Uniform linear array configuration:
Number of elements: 64
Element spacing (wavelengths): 0.5
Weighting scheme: cosine
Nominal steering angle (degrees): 30
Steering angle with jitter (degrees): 30.93
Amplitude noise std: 0.05
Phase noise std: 0.05

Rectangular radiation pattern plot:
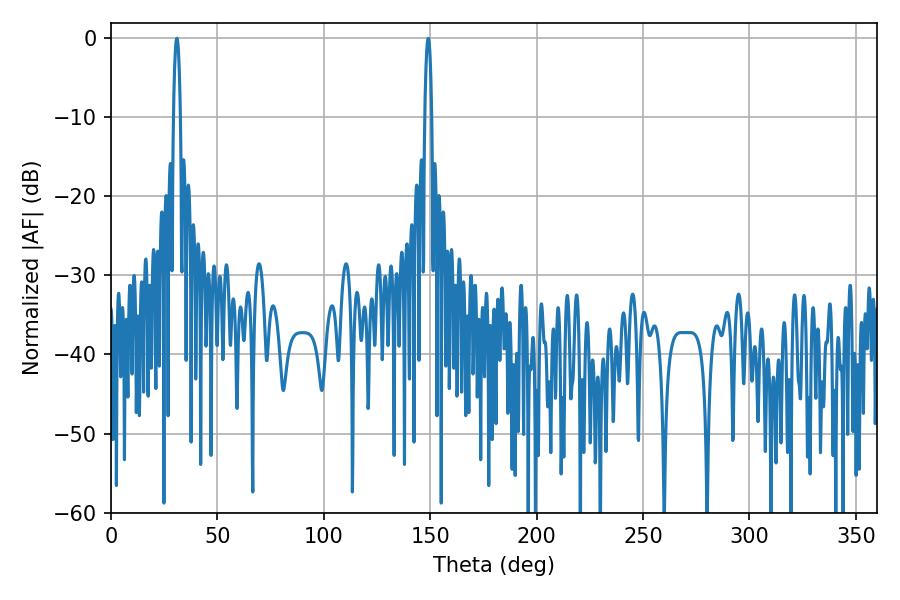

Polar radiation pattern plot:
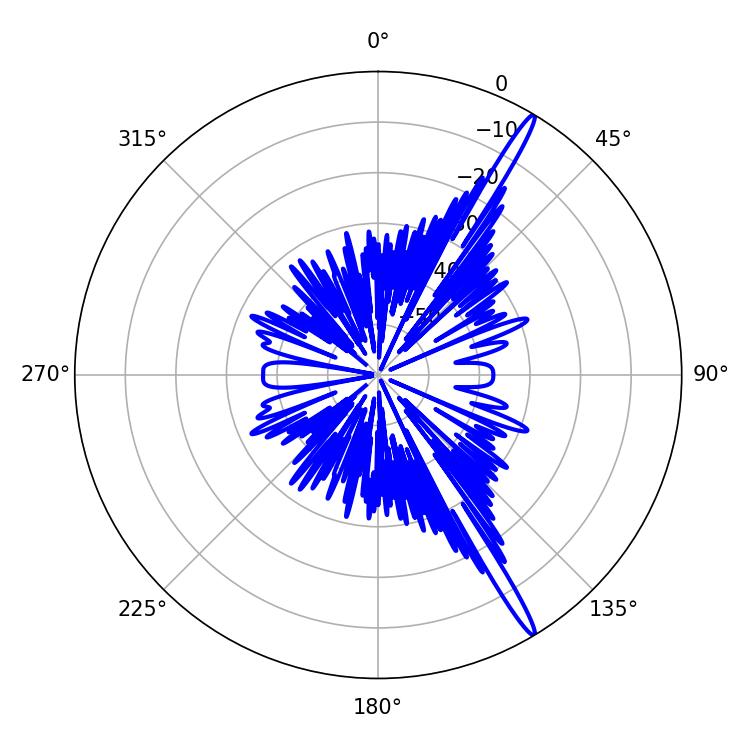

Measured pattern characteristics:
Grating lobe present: FALSE
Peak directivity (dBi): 17.223
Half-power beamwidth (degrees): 1.8
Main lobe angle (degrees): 149.04